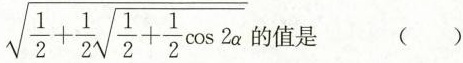
$$\sqrt{\frac{1}{2}+ \frac{1}{2}\sqrt{\frac{1}{2}+ \frac{1}{2}\cos 2 \alpha}}$$的值是 ()